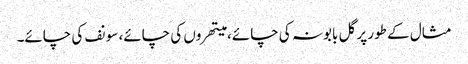
مثال کے طور پر گل بابونہ کی چائے، میتھروں کی چائے، سونف کی چائے۔